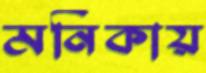
মনিকায়